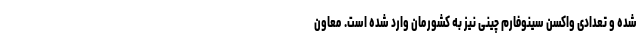
شده و تعدادی واکسن سینوفارم چینی نیز به کشورمان وارد شده است. معاون